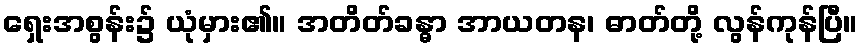
ရှေးအစွန်း၌ ယုံမှား၏။ အတိတ်ခန္ဓာ အာယတန၊ ဓာတ်တို့ လွန်ကုန်ပြီ။